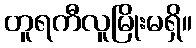
တူရကီလူမြိုးမရှိ။